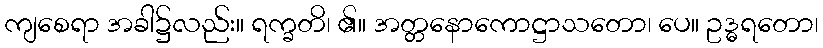
ကျစေရာ အခါ၌လည်း။ ရက္ခတိ၊ ၏။ အတ္တနောကောဋ္ဌာသတော၊ ပေ။ ဥဒ္ဓရတော၊